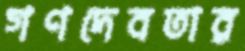
গণদেবতার